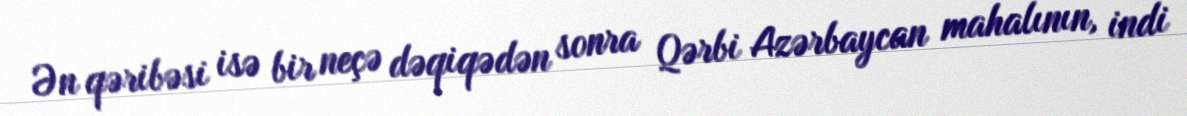
Ən qəribəsi isə bir neçə dəqiqədən sonra Qərbi Azərbaycan mahalının, indi